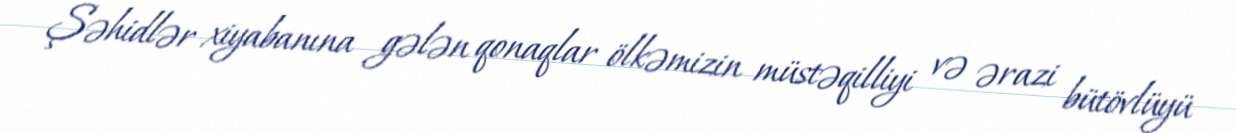
Şəhidlər xiyabanına gələn qonaqlar ölkəmizin müstəqilliyi və ərazi bütövlüyü